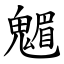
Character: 䰨